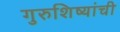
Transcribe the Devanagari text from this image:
गुरुशिष्यांची